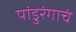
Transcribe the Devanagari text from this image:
पांडुरंगाचं